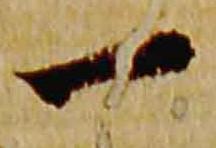
一